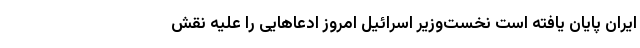
ایران پایان یافته است نخست‌وزیر اسرائیل امروز ادعاهایی را علیه نقش